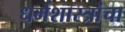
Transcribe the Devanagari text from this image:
धर्मशास्त्रांचा